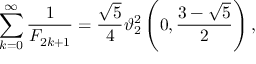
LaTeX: \sum _ { k = 0 } ^ { \infty } { \frac { 1 } { F _ { 2 k + 1 } } } = { \frac { \sqrt { 5 } } { 4 } } \vartheta _ { 2 } ^ { 2 } \left( 0 , { \frac { 3 - { \sqrt { 5 } } } { 2 } } \right) ,